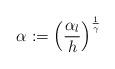
LaTeX: \begin{align*} \alpha:=\left(\frac{\alpha_{l}}{h}\right)^{\frac{1}{\gamma}}\end{align*}